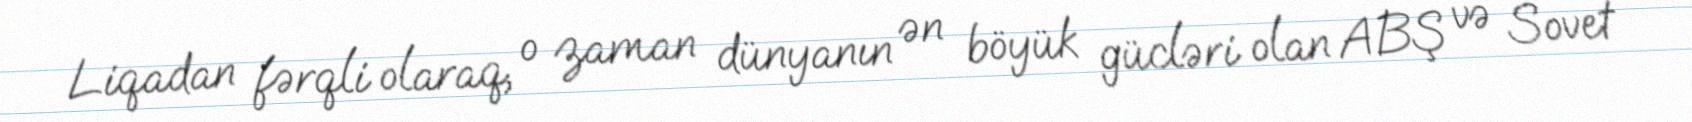
Liqadan fərqli olaraq, o zaman dünyanın ən böyük gücləri olan ABŞ və Sovet